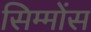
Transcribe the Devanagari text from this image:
सिम्मोंस